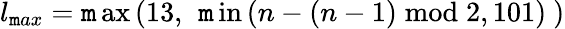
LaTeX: l_{\mathtt{m}ax}=\operatorname*{\mathtt{m}ax}\left(13,\ \operatorname*{\mathtt{m}in}\left(n-\left(n-1\right)\bmod2,101\right)\ \right)